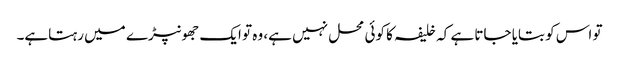
تو اس کو بتایا جاتا ہے کہ خلیفہ کا کوئی محل نہیں ہے، وہ تو ایک جھونپڑے میں رہتاہے۔